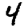
Digit: 4